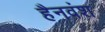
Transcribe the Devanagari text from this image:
हैनवंश